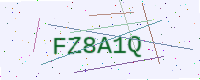
Text: FZ8A1Q